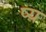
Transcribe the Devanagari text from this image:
ष्य